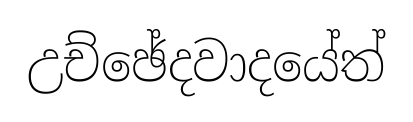
උච්ඡේදවාදයේත්